Vaccination report Assam 1874-1896 - 1874-1896
Year: 1874
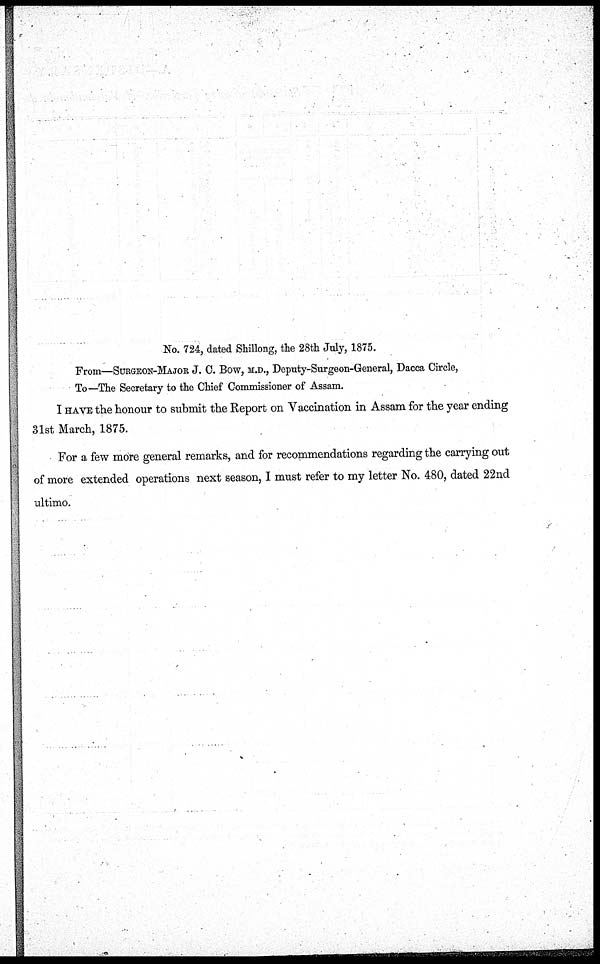
No. 724, dated Shillong, the 28th July, 1875.
From—SURGEON-MAJOR J. C. Bow, M.D., Deputy-Surgeon-General, Dacca Circle,
To—The Secretary to the Chief Commissioner of Assam.
I HAVE the honour to submit the Report on Vaccination in Assam for the year ending
31st March, 1875.
For a few more general remarks, and for recommendations regarding the carrying out
of more extended operations next season, I must refer to my letter No. 480, dated 22nd
ultimo.